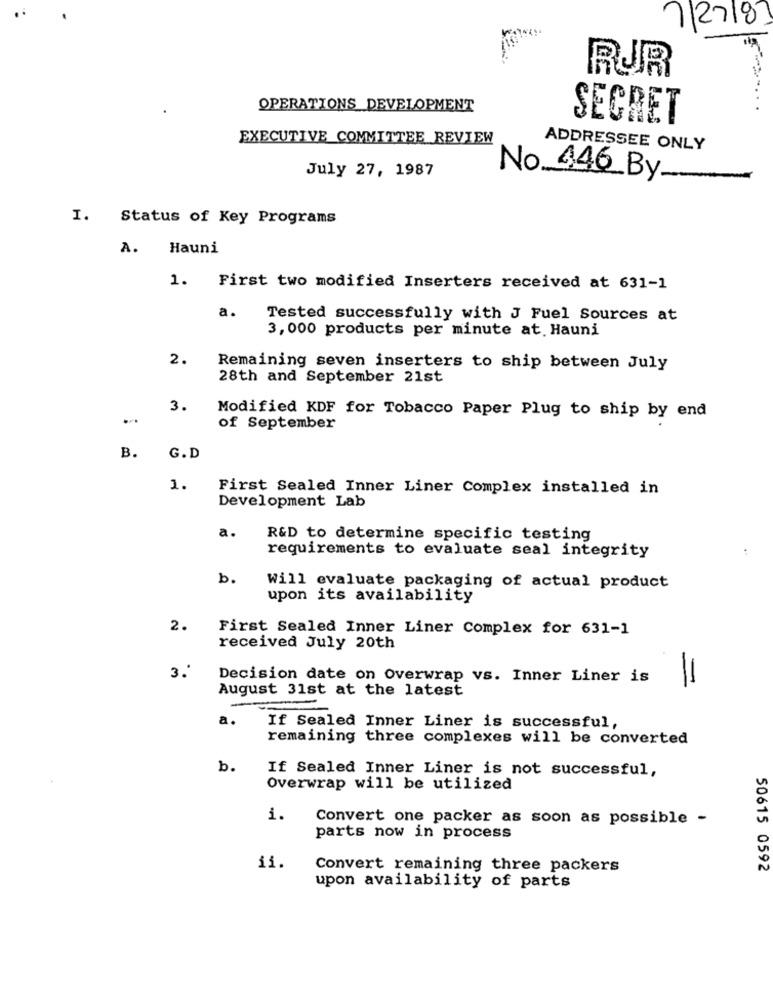
72718
RUR
OPERATIONS DEVELOPMENT
SECRET
EXECUTIVE COMMITTEE REVIEW
ADDRESSEE ONLY
July 27, 1987
No 446 By
I. Status of Key Programs
A. Hauni
1. First two modified Inserters received at 631-1
a.
Tested successfully with J Fuel Sources at
3, 000 products per minute at Hauni
2.
Remaining seven inserters to ship between July
28th and September 21st
3.
Modified KDF for Tobacco Paper Plug to ship by end
of September
B.
G.D
1.
First Sealed Inner Liner Complex installed in
Development Lab
a.
R&D to determine specific testing
requirements to evaluate seal integrity
b.
Will evaluate packaging of actual product
upon its availability
2.
First Sealed Inner Liner Complex for 631-1
received July 20th
3.'
Decision date on Overwrap vs. Inner Liner is
11
August 31st at the latest
a.
If Sealed Inner Liner is successful,
remaining three complexes will be converted
b.
If Sealed Inner Liner is not successful,
Overwrap will be utilized
i.
Convert one packer as soon as possible -
parts now in process
ii.
Convert remaining three packers
50615 0592
upon availability of parts